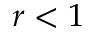
r < 1